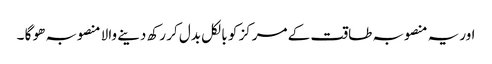
اوریہ منصوبہ طاقت کے مرکز کو بالکل بدل کر رکھ دینے والا منصوبہ ھو گا ۔